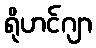
ရိုဟင်ဂျာ